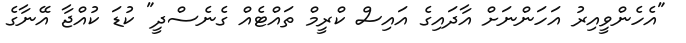
"އެހެންވީއިރު އަހަންނަށް އާދައިގެ އައިސް ކްރީމް ތައްޓެއް ގެނެސްދީ" ކުޑަ ކުއްޖާ އޭނާގެ